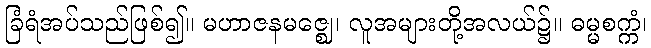
ခြံရံအပ်သည်ဖြစ်၍။ မဟာဇနမဇ္ဈေ၊ လူအများတို့အလယ်၌။ ဓမ္မစက္ကံ၊